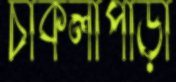
চাকলাপাড়া